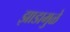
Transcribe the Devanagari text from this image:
झाडामुळे